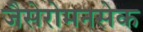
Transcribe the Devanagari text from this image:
जैसेरोमनसेक